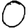
Digit: 0